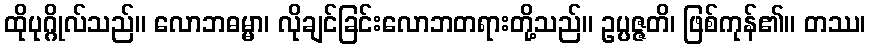
ထိုပုဂ္ဂိုလ်သည်။ လောဘဓမ္မာ၊ လိုချင်ခြင်းလောဘတရားတို့သည်။ ဥပ္ပဇ္ဇတိ၊ ဖြစ်ကုန်၏။ တဿ၊